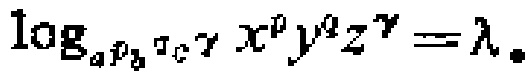
\(\log_{a^{\rho}b^{\sigma}c^{\tau}} x^{p}y^{q}z^{r}=\lambda。\)